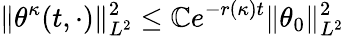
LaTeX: \| \theta^{\kappa}(t,\cdot)\| _{L^{2}}^{2}\leq\mathbb{C}e^{-r(\kappa)t}\| \theta_{0}\| _{L^{2}}^{2}